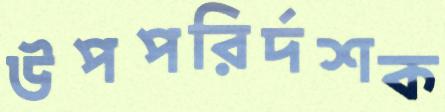
উপপরির্দশক